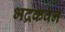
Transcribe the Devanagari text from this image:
भद्रकवन